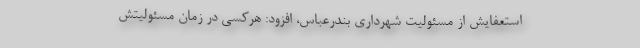
استعفایش از مسئولیت شهرداری بندرعباس، افزود: هرکسی در زمان مسئولیتش